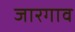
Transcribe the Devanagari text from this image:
जारगाव